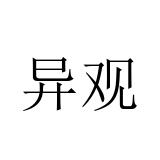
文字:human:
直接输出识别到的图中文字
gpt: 异观